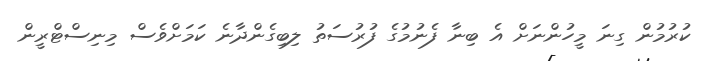
ކުރުމުން ގިނަ މީހުންނަށް އެ ބިނާ ފެނުމުގެ ފުރުސަތު ލިބިގެންދާނެ ކަމަށްވެސް މިނިސްޓްރީން